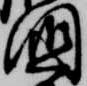
国